Medical and sanitary report on the native army of Bombay for the year
Year: 1879
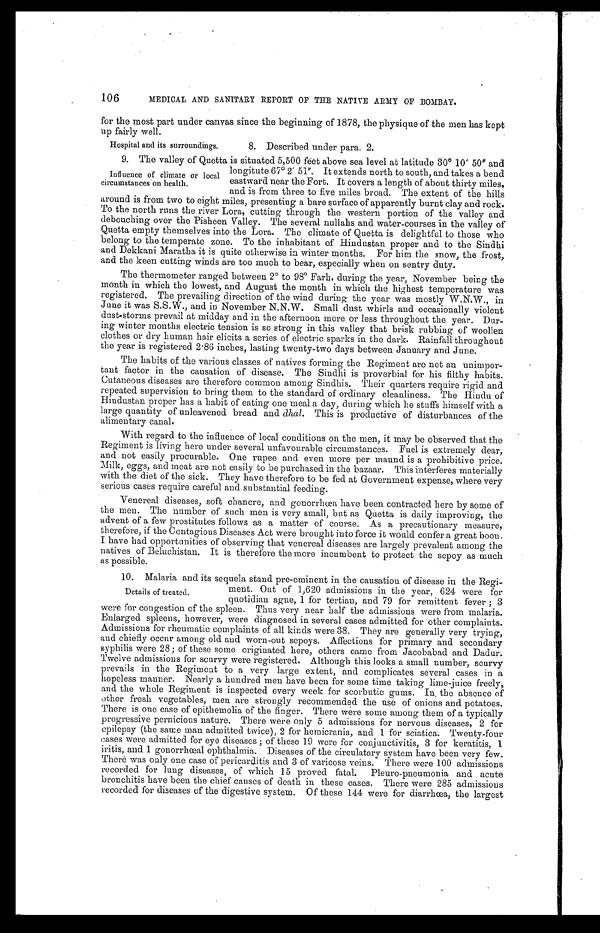
106
MEDICAL AND SANITARY REPORT OF THE NATIVE ARMY OF BOMBAY.
for the most part under canvas since the beginning of 1878, the physique of the men has kept
up fairly well.
8. Described under para. 2.
9. The valley of Quetta is situated 5,500 feet above sea level at latitude 30° 10' 50" and
longitute 67° 2' 51". It extends north to south, and takes a bend
eastward near the Fort. It covers a length of about thirty miles,
and is from three to five miles broad. The extent of the hills
around is from two to eight miles, presenting a bare surface of apparently burnt clay and rock.
To the north runs the river Lora, cutting through the western portion of the valley and
debouching over the Pisheen Valley. The several nullahs and water-courses in the valley of
Quetta empty themselves into the Lora. The climate of Quetta is delightful to those who
belong to the temperate zone. To the inhabitant of Hindustan proper and to the Sindhi
and Dekkani Maratha it is quite otherwise in winter months. For him the snow, the frost,
and the keen cutting winds are too much to bear, especially when on sentry duty.
The thermometer ranged between 2° to 98° Farh. during the year, November being the
month in which the lowest, and August the month in which the highest temperature was
registered. The prevailing direction of the wind during the year was mostly W.N.W., in
June it was S.S.W., and in November N.N.W. Small dust whirls and occasionally violent
dust-storms prevail at midday and in the afternoon more or less throughout the year. Dur
-ing winter months electric tension is so strong in this valley that brisk rubbing of woollen
clothes or dry human hair elicits a series of electric sparks in the dark. Rainfall throughout
the year is registered 2.86 inches, lasting twenty-two days between January and June.
The habits of the various classes of natives forming the Regiment are not an unimpor
-tant factor in the causation of disease. The Sindhi is proverbial for his filthy habits.
Cutaneous diseases are therefore common among Sindhis. Their quarters require rigid and
repeated supervision to bring them to the standard of ordinary cleanliness. The Hindu of
Hindustan proper has a habit of eating one meal a day, during which he stuffs himself with a
large quantity of unleavened bread and dhal. This is productive of disturbances of the
alimentary canal.
With regard to the influence of local conditions on the men, it may be observed that the
Regiment is living here under several unfavourable circumstances. Fuel is extremely dear,
and not easily procurable. One rupee and even more per maund is a prohibitive price.
Milk, eggs, and meat are not easily to be purchased in the bazaar. This interferes materially
with the diet of the sick. They have therefore to be fed at Government expense, where very
serious cases require careful and substantial feeding.
Venereal diseases, soft chancre, and gonorrhœa have been contracted here by some of
the men. The number of such men is very small, but as Quetta is daily improving, the
advent of a few prostitutes follows as a matter of course. As a precautionary measure,
therefore, if the Contagious Diseases Act were brought into force it would confer a great boon.
I have had opportunities of observing that venereal diseases are largely prevalent among the
natives of Beluchistan. It is therefore the more incumbent to protect the sepoy as much
as possible.
10. Malaria and its sequela stand pre-eminent in the causation of disease in the Regi-
ment. Out of 1,620 admissions in the year, 624 were for
quotidian ague, 1 for tertian, and 79 for remittent fever; 3
were for congestion of the spleen. Thus very near half the admissions were from malaria.
Enlarged spleens, however, were diagnosed in several cases admitted for other complaints.
Admissions for rheumatic complaints of all kinds were 38. They are generally very trying,
and chiefly occur among old and worn-out sepoys. Affections for primary and secondary
syphilis were 28; of these some originated here, others came from Jacobabad and Dadur.
Twelve admissions for scurvy were registered. Although this looks a small number, scurvy
prevails in the Regiment to a very large extent, and complicates several cases in a
hopeless manner. Nearly a hundred men have been for some time taking lime-juice freely,
and the whole Regiment is inspected every week for scorbutic gums. In the absence of
other fresh vegetables, men are strongly recommended the use of onions and potatoes.
There is one case of epithemolia of the finger. There were some among them of a typically
progressive pernicious nature. There were only 5 admissions for nervous diseases, 2 for
epilepsy (the same man admitted twice), 2 for hemicrania, and 1 for sciatica. Twenty-four
cases were admitted for eye diseases; of these 19 were for conjunctivitis, 3 for keratitis,
1 i r i t i s , a n d 1 g o n o r r h œ a l o p h t h a l m i a . D i s e a s e s o f t h e c i r c u l a t a r y s y s t e m h a v e b e e n v e r y f e w .
There was only one case of pericarditis and 3 of varicose veins. There were 100 admissions
recorded for lung diseases, of which 15 proved fatal. Pleuro-pneumonia and acute
bronchitis have been the chief causes of death in these cases. There were 285 admissions
recorded for diseases of the digestive system. Of these 144 were for diarrhœa, the largest
Hospital and its surroundings.
Influence of climate or local
circumstances on health.
Details of treated.